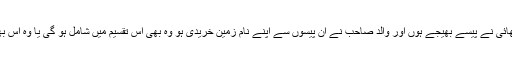
اگر ان بھائیوں میں سے کسی بھائی نے پیسے بھیجے ہوں اور والد صاحب نے ان پیسوں سے اپنے نام زمین خریدی ہو وہ بھی اس تقسیم میں شامل ہو گی یا وہ اس بھائی کی ملکیت سمجھی جائے؟